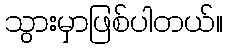
သွားမှာဖြစ်ပါတယ်။